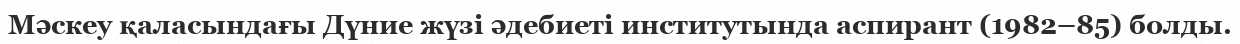
Мәскеу қаласындағы Дүние жүзі әдебиеті институтында аспирант (1982–85) болды.